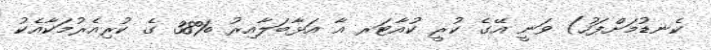
ކެނޑުމަށްފަހު) ވަނީ އޭގެ ކުރީ ކުއާޓަރ އާ އަޅާބަލާއިރު %38 ގެ ކުރިއެރުމަކާއެކު